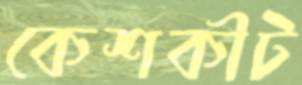
কেশকীট